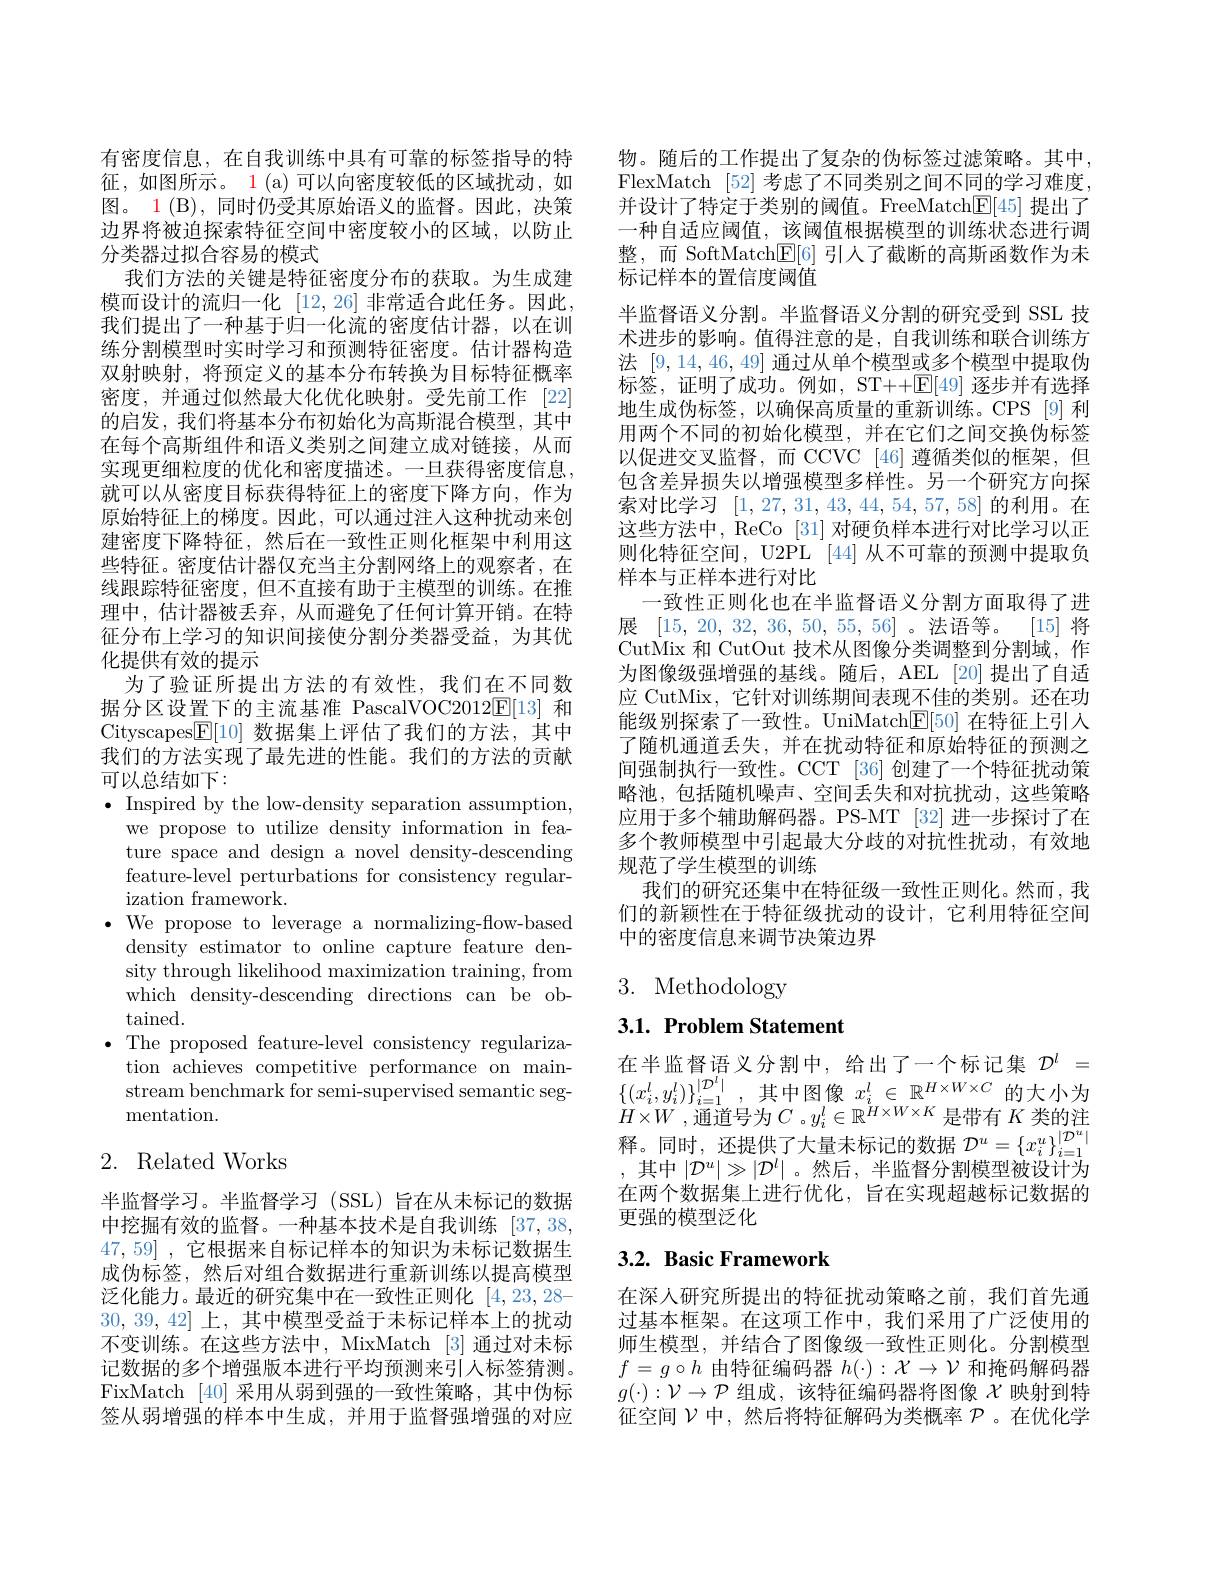
有密度信息，在自我训练中具有可靠的标签指导的特征，如图所示。1 (a)可以向密度较低的区域扰动，如图。1(B), 同时仍受其原始语义的监督。因此，决策边界将被迫探索特征空间中密度较小的区域，以防止分类器过拟合容易的模式
我们方法的关键是特征密度分布的获取。为生成建模而设计的流归一化[12,26]非常适合此任务。因此， 我们提出了一种基于归一化流的密度估计器，以在训练分割模型时实时学习和预测特征密度。估计器构造双射映射，将预定义的基本分布转换为目标特征概率密度，并通过似然最大化优化映射。受先前工作[22] 的启发，我们将基本分布初始化为高斯混合模型，其中在每个高斯组件和语义类别之间建立成对链接，从而实现更细粒度的优化和密度描述。一旦获得密度信息， 就可以从密度目标获得特征上的密度下降方向，作为原始特征上的梯度。因此，可以通过注人这种扰动来创建密度下降特征，然后在一致性正则化框架中利用这些特征。密度估计器仅充当主分割网络上的观察者，在线跟踪特征密度，但不直接有助于主模型的训练。在推理中，估计器被丢弃，从而避免了任何计算开销。在特征分布上学习的知识间接使分割分类器受益，为其优化提供有效的提示
为了验证所提出方法的有效性，我们在不同数据分区设置下的主流基准 PascalVOC2012E[13]和Cityscapes$\underline{\mathbb{E}}[10]$数据集上评估了我们的方法，其中我们的方法实现了最先进的性能。我们的方法的贡献可以总结如下：
$\bullet$ Inspired by the low-density separation assumption,
we propose to utilize density information in feature space and design a novel density-descending feature-level perturbations for consistency regular- ${\mathrm{ization~framework}}.$
$\bullet$ We propose to leverage a normalizing-flow-based
density estimator to online capture feature density through likelihood maximization training, from which density-descending directions can be obtained.
$\bullet$ The proposed feature-level consistency regulariza-
tion achieves competitive performance on mainstream benchmark for semi-supervised semantic segmentation.
2. Related Works

半监督学习。半监督学习(SSL)旨在从未标记的数据中挖掘有效的监督。一种基本技术是自我训练 [37,38, 47,59] ,它根据来自标记样本的知识为未标记数据生成伪标签，然后对组合数据进行重新训练以提高模型泛化能力。最近的研究集中在一致性正则化[4,23,28- 30,39,42]上，其中模型受益于未标记样本上的扰动不变训练。在这些方法中，MixMatch [3] 通过对未标记数据的多个增强版本进行平均预测来引人标签猜测。FixMatch [40]采用从弱到强的一致性策略，其中伪标签从弱增强的样本中生成，并用于监督强增强的对应

物。随后的工作提出了复杂的伪标签过滤策略。其中， FlexMatch [52] 考虑了不同类别之间不同的学习难度， 并设计了特定于类别的阈值。FreeMatchE[45]提出了一种自适应阈值，该阈值根据模型的训练状态进行调整，而 SoftMatch$\underline{\mathrm{E}}[6]$引人了截断的高斯函数作为未标记样本的置信度阈值
半监督语义分割。半监督语义分割的研究受到 SSL 技术进步的影响。值得注意的是，自我训练和联合训练方法[9,14,46,49]通过从单个模型或多个模型中提取伪标签，证明了成功。例如，ST++$\mathbb{E}[49]$逐步并有选择地生成伪标签，以确保高质量的重新训练。CPS[9]利用两个不同的初始化模型，并在它们之间交换伪标签以促进交叉监督，而 CCVC [46] 遵循类似的框架，但包含差异损失以增强模型多样性。另一个研究方向探索对比学习[1,27,31,43,44,54,57,58]的利用。在这些方法中，ReCo [31] 对硬负样本进行对比学习以正则化特征空间，U2PL [44] 从不可靠的预测中提取负样本与正样本进行对比
一致性正则化也在半监督语义分割方面取得了进展[15,20,32,36,50,55,56]。法语等。[15]将CutMix 和 CutOut 技术从图像分类调整到分割域，作为图像级强增强的基线。随后，AEL [20] 提出了自适应 CutMix, 它针对训练期间表现不佳的类别。还在功能级别探索了一致性。UniMatch$\underline{\mathrm{E}}[50]$在特征上引入了随机通道丢失，并在扰动特征和原始特征的预测之间强制执行一致性。CCT [36]创建了一个特征扰动策略池，包括随机噪声、空间丢失和对抗扰动，这些策略应用于多个辅助解码器。PS-MT [32]进一步探讨了在多个教师模型中引起最大分歧的对抗性扰动，有效地规范了学生模型的训练
我们的研究还集中在特征级一致性正则化。然而，我们的新颖性在于特征级扰动的设计，它利用特征空间中的密度信息来调节决策边界

# 3. Methodology

3.1. Problem Statement

在半监督语义分割中，给出了一个标记集$\mathcal{D}^l=$ $\{(x_{i}^{l},y_{i}^{l})\}_{i=1}^{|\mathcal{D}^{l}|}$,其中图像$x_i^l\in\mathbb{R}^{H\times W\times C}$的大小为$H_{i,W}$ $H\times W$ ,通 道 号 为 $C$ $。y_{i}^{l}\in \mathbb{R} ^{H\times W\times K}$ 是 带 有 $K$ 类 的 注 释 。同 时 , 还 提 供 了 大 量 未 标 记 的 数 据 $\mathcal{D} ^{u}= \{ x_{i}^{u}\} _{i= 1}^{| \mathcal{D} ^{u}| }$ 甘 由 $| \mathcal{T} ^{u}| > | \mathcal{D} ^{l| }$ 然 后 半 监 极 分 割 横 刑 被 沿 计 为,其中$|\mathcal{D}^u|\gg|\mathcal{D}^l|$ 。然后，半监督分割模型被设计为在两个数据集上进行优化，旨在实现超越标记数据的更强的模型泛化

## 3.2. Basic Framework

在深人研究所提出的特征扰动策略之前，我们首先通过基本框架。在这项工作中，我们采用了广泛使用的师生模型，并结合了图像级一致性正则化。分割模型$f=g\circ h$由特征编码器$h(\cdot):\mathcal{X}\to\mathcal{V}$和掩码解码器$g(\cdot):\mathcal{V}\to\mathcal{P}$ 组成，该特征编码器将图像$\chi$映射到特征空间$\mathcal{V}$中，然后将特征解码为类概率$\mathcal{P}$ 。在优化学